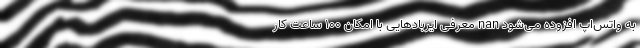
به واتس‌اپ افزوده می‌شود nan معرفی ایربادهایی با امکان 100 ساعت کار